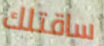
ساقتلك